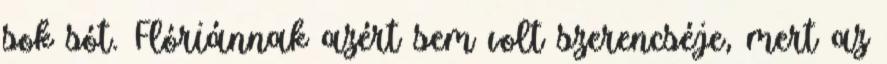
sok sót. Flóriánnak azért sem volt szerencséje, mert az